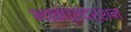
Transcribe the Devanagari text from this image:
भावप्रदर्शन